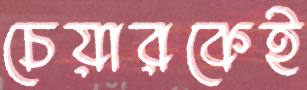
চেয়ারকেই